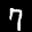
Label: 7